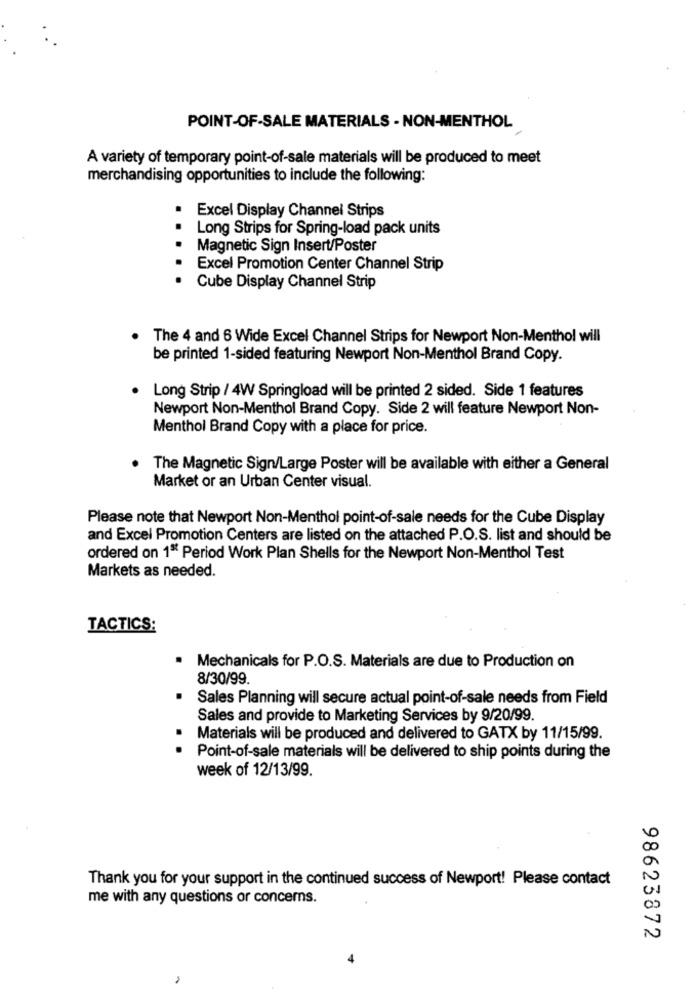
POINT-OF-SALE MATERIALS - NON-MENTHOL
A variety of temporary point-of-sale materials will be produced to meet
merchandising opportunities to include the following:
Excel Display Channel Strips
Long Strips for Spring-load pack units
Magnetic Sign Insert/Poster
Excel Promotion Center Channel Strip
Cube Display Channel Strip
The 4 and 6 Wide Excel Channel Strips for Newport Non-Menthol will
be printed 1-sided featuring Newport Non-Menthol Brand Copy.
Long Strip / 4W Springload will be printed 2 sided. Side 1 features
Newport Non-Menthol Brand Copy. Side 2 will feature Newport Non-
Menthol Brand Copy with a place for price.
The Magnetic Sign/Large Poster will be available with either a General
Market or an Urban Center visual.
Please note that Newport Non-Menthol point-of-sale needs for the Cube Display
and Excel Promotion Centers are listed on the attached P.O.S. list and should be
ordered on 1ª Period Work Plan Shells for the Newport Non-Menthol Test
Markets as needed.
TACTICS:
Mechanicals for P.O.S. Materials are due to Production on
8/30/99.
Sales Planning will secure actual point-of-sale needs from Field
Sales and provide to Marketing Services by 9/20/99.
Materials will be produced and delivered to GATX by 11/15/99.
Point-of-sale materials will be delivered to ship points during the
week of 12/13/99.
Thank you for your support in the continued success of Newport! Please contact
me with any questions or concerns.
98623872